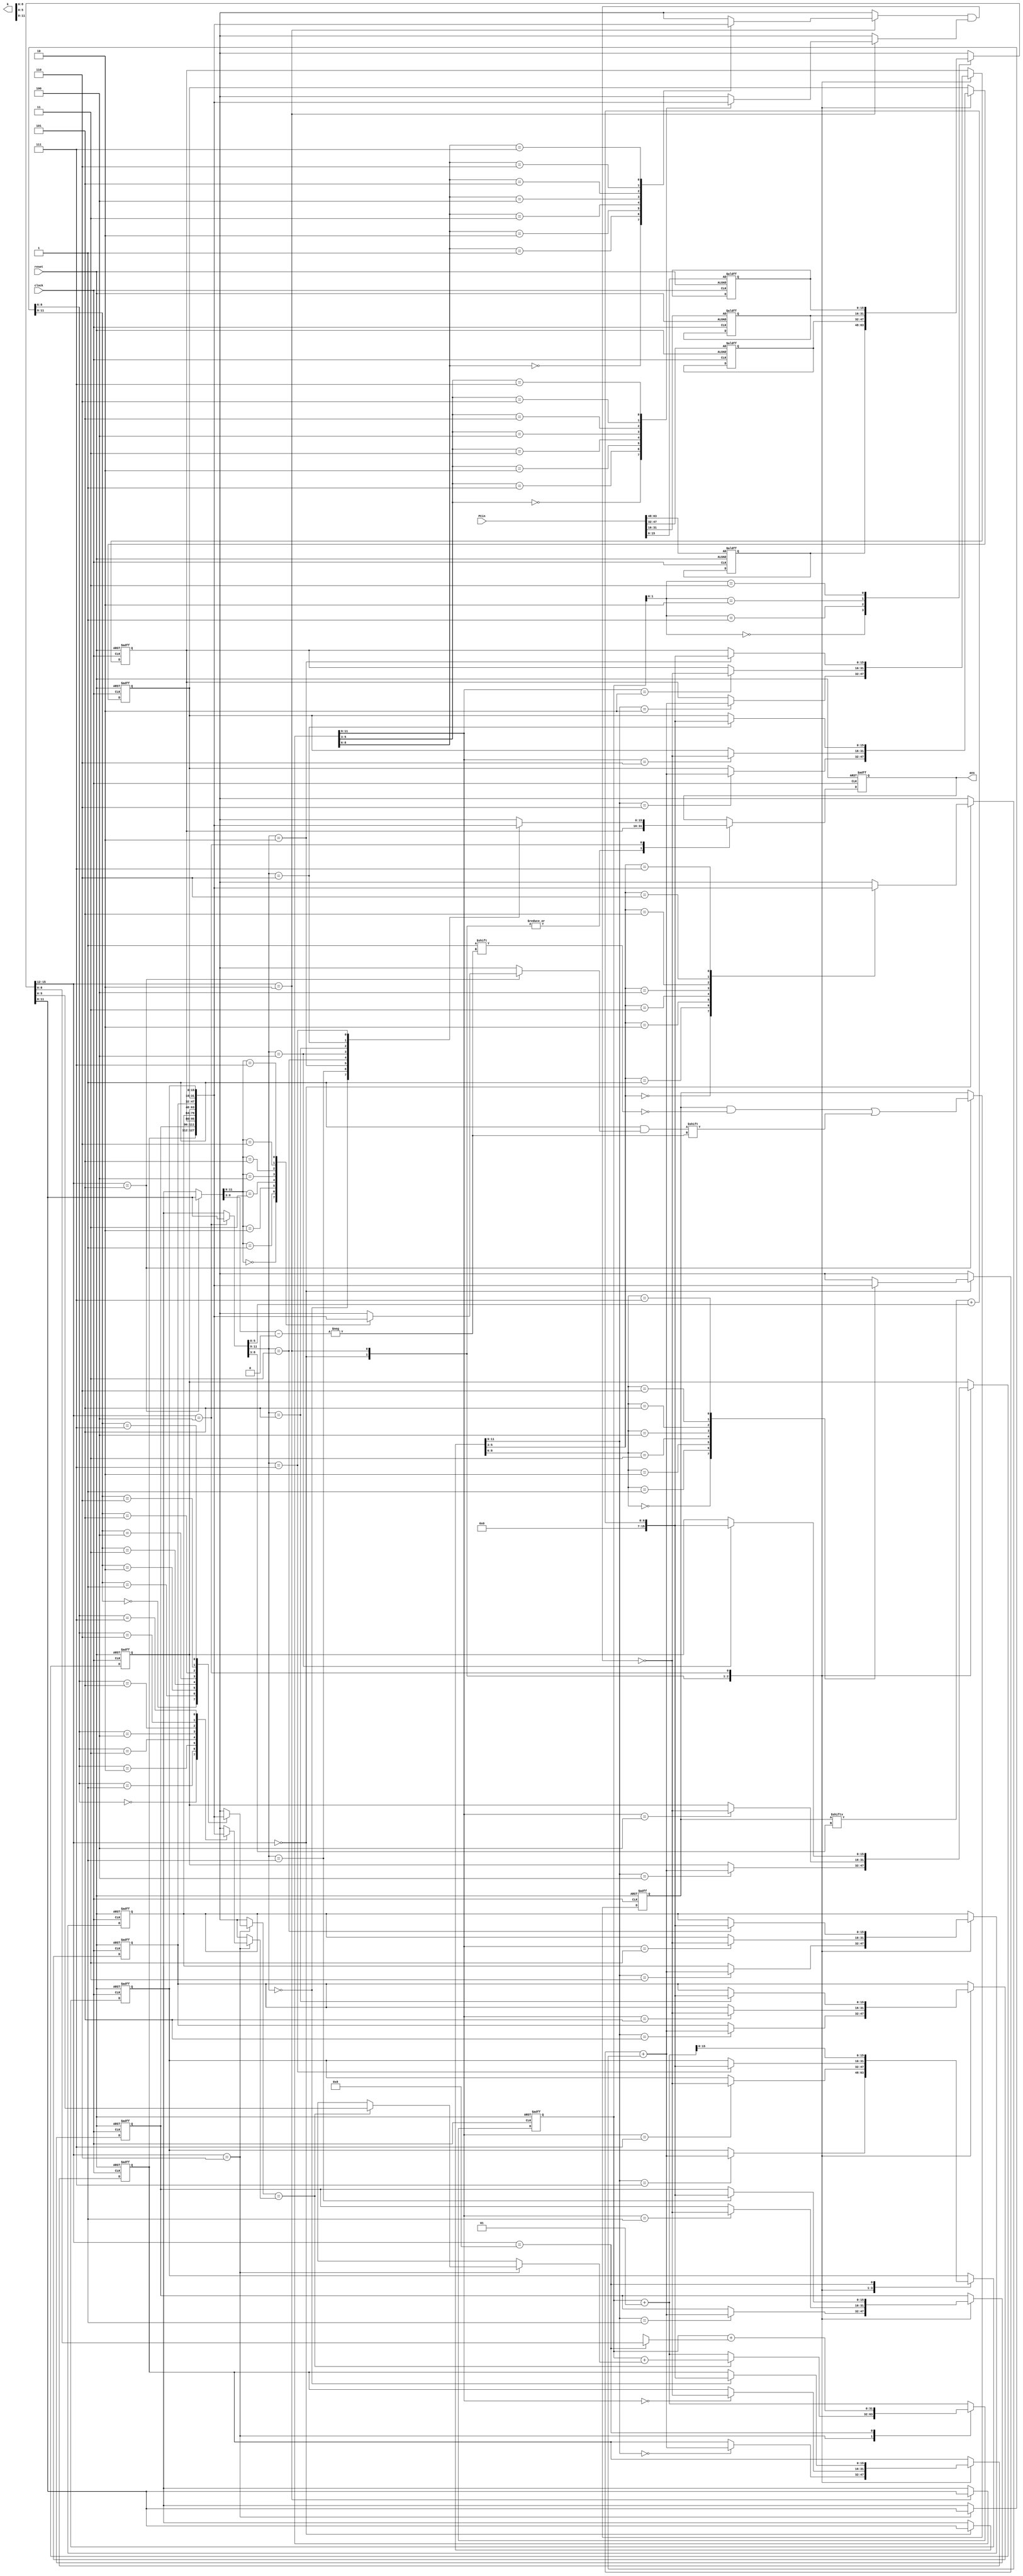
module RISC18(
    input wire [63:0] PCin,
    input wire clock,
    input wire reset,
    output reg [15:0] ans,
    output reg [63:0] k
);

    reg [15:0] register [7:0];
    reg [63:0] storage; 
    
    integer PCIndex = 0;
    integer returnIndex = 0;
    
    reg [15:0] PC [3:0];
    
    localparam ADD = 4'b0000;
    localparam NDU = 4'b0010;
    localparam LW = 4'b0100;
    localparam SW = 4'b0101;
    localparam BEQ = 4'b0110;
    localparam JAL = 4'b1000;

    reg C, Z;
    
    always @(posedge clock or posedge reset) 
    begin
        if(reset) 
        begin
            PCIndex <= 0;
            register[0] <= 0;
            register[1] <= 1;
            register[2] <= 1;
            register[3] <= 0;
            register[4] <= 0;
            register[5] <= 0;
            register[6] <= 0;
            register[7] <= 0;
            PC[0] = PCin[63:48];
            PC[1] = PCin[47:32];
            PC[2] = PCin[31:16];
            PC[3] = PCin[15:0];
            ans <= 0;
            C <= 0;
            Z <= 0;
            storage <= 0; 
        end
        
        else
        begin
            case(PC[PCIndex][15:12])
                ADD:
                    begin
                        register[PC[PCIndex][11:9]] <= register[PC[PCIndex][8:6]] + register[PC[PCIndex][5:3]];
                        ans <= register[2];
                        C <= (register[PC[PCIndex][11:9]] < register[PC[PCIndex][8:6]]);
                        Z <= (register[PC[PCIndex][11:9]] == register[PC[PCIndex][8:6]]);
                        PCIndex <= PCIndex + 1;
                    end
                
                NDU:
                    begin
                        register[PC[PCIndex][11:9]] <= ~(register[PC[PCIndex][8:6]] & register[PC[PCIndex][5:3]]);
                        ans <= register[2];
                        C <= 0;  
                        Z <= (register[PC[PCIndex][11:9]] == 0);
                        PCIndex <= PCIndex + 1;
                    end
                
                LW:
                    begin
                        register[PC[PCIndex][11:9]] <= storage[PC[PCIndex][8:3]] + PC[PCIndex][5:0]; 
                        ans <= register[PC[PCIndex][11:9]];
                        C <= (register[PC[PCIndex][11:9]] < 0);
                        Z <= (register[PC[PCIndex][11:9]] == 0);
                        PCIndex <= PCIndex + 1;
                    end
                
                SW:
                    begin
                        storage[PC[PCIndex][8:3]] <= register[PC[PCIndex][11:9]]; 
                        C <= 0; 
                        Z <= 0; 
                        PCIndex <= PCIndex + 1;
                    end
                
                BEQ:
                    begin
                        if (register[PC[PCIndex][11:9]] == register[PC[PCIndex][8:6]])
                            PCIndex <= PCIndex + PC[PCIndex][5:0]; 
                        else
                            PCIndex <= PCIndex + 1;
                        C <= 0; 
                        Z <= (register[PC[PCIndex][11:9]] == register[PC[PCIndex][8:6]]);
                    end
                
                JAL:
                    begin
                        register[7] <= PCIndex + 1; 
                        PCIndex <= PCIndex + PC[PCIndex][8:0]; 
                        C <= 0; 
                        Z <= 0; 
                    end
                
                default:
                    begin
                        C <= 0;
                        Z <= 0;
                        PCIndex <= PCIndex + 1;
                    end
            endcase
        end
    end
endmodule